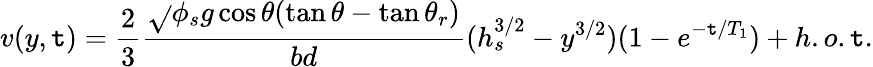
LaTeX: v(y,\mathtt{t})=\frac{{2}}{{3}}\frac{{\sqrt{}{{\phi_{s}g\cos{\theta}}}(\tan{\theta}-\tan{\theta_{r}})}}{{bd}}(h_{s}^{3/2}-y^{3/2})(1-e^{-\mathtt{t}/T_{1}})+h.o.\mathtt{t}.